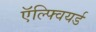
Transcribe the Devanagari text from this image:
ऍल्फ्वियर्ड